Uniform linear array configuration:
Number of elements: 64
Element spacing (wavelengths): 0.25
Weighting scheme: hann
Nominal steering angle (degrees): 30
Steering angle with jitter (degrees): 28.915
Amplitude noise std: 0.05
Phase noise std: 0.05

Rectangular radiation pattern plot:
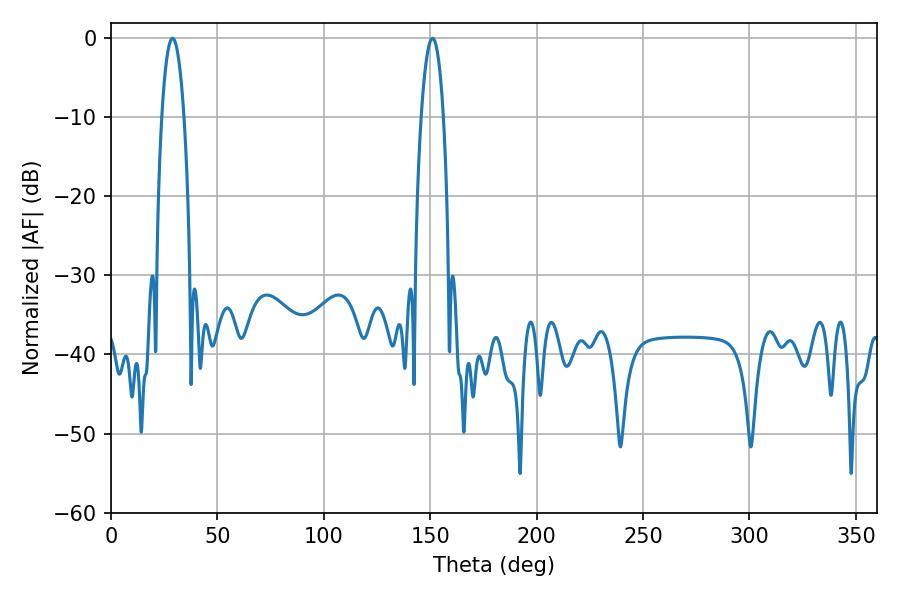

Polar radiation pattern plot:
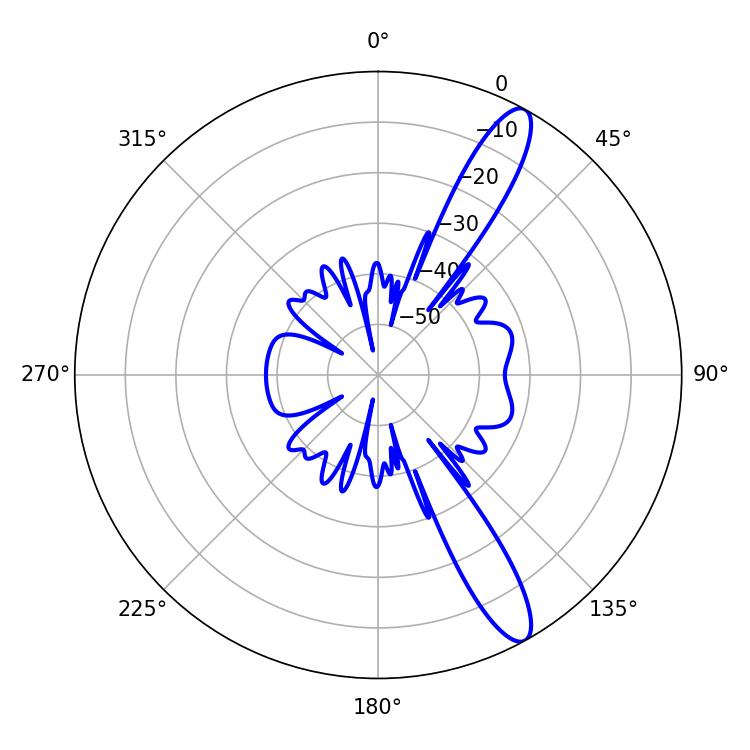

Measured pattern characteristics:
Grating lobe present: FALSE
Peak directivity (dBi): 12.769
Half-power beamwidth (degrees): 5.76
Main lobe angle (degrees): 28.98